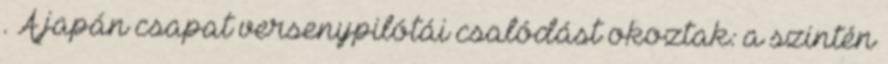
. A japán csapat versenypilótái csalódást okoztak: a szintén